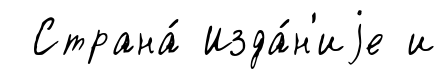
Страна́ Изда́н'иjе и